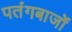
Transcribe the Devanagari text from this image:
पतंगबाजों